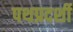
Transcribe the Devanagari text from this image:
पथप्रदर्शी